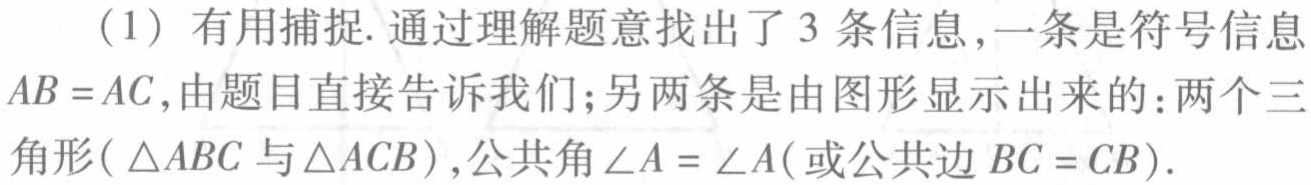
（1）有用捕捉. 通过理解题意找出了3条信息,一条是符号信息$AB = AC$,由题目直接告诉我们;另两条是由图形显示出来的:两个三角形($\triangle ABC$与$\triangle ACB$),公共角$\angle A = \angle A$(或公共边$BC = CB$).